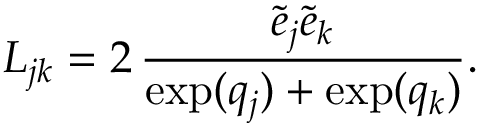
L _ { j k } = 2 \, \frac { \tilde { e } _ { j } \tilde { e } _ { k } } { \exp ( q _ { j } ) + \exp ( q _ { k } ) } .